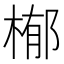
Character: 㮋